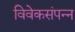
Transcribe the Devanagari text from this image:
विवेकसंपन्न